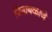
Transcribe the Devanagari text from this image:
विनायकाचे